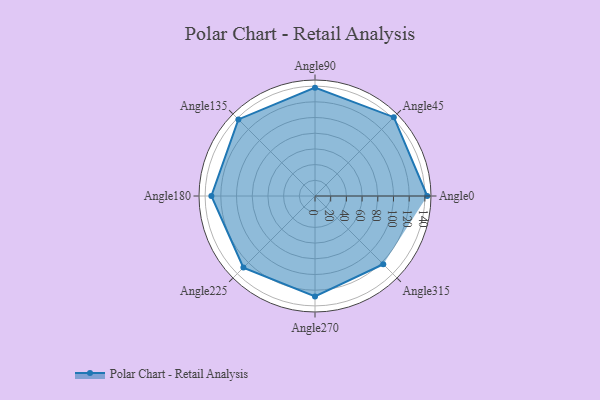
{"axis": {"x": "Angle", "y": "Radius"}, "legend": [""], "data": [{"x": "Angle0", "y": 143.0, "type": ""}, {"x": "Angle45", "y": 142.0, "type": ""}, {"x": "Angle90", "y": 138.0, "type": ""}, {"x": "Angle135", "y": 138.0, "type": ""}, {"x": "Angle180", "y": 132.0, "type": ""}, {"x": "Angle225", "y": 129.0, "type": ""}, {"x": "Angle270", "y": 128.0, "type": ""}, {"x": "Angle315", "y": 123.0, "type": ""}]}